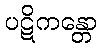
ပဋိကန္တော